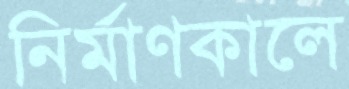
নির্মাণকালে